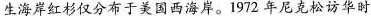
生海岸红杉仅分布于美国西海岸。1972年尼克松访华时